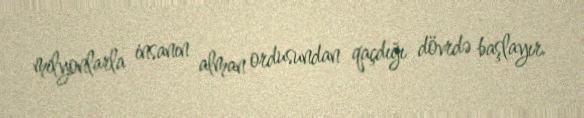
milyonlarla insanın alman ordusundan qaçdığı dövrdə başlayır.